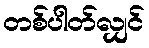
တစ်ပါတ်လျှင်